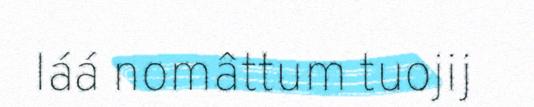
láá nomâttum tuojij